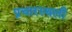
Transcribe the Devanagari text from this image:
प्रचारस्‍थली